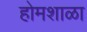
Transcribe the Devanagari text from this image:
होमशाळा